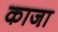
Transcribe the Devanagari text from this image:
काजा़